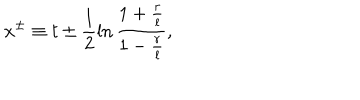
x ^ { \pm } \equiv t \pm \frac { l } { 2 } \ln \frac { 1 + \frac { r } { l } } { 1 - \frac { r } { l } } ,